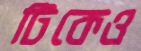
টিকেও